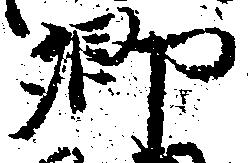
郷